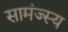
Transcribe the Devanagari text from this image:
सामंज्स्य